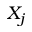
X _ { j }